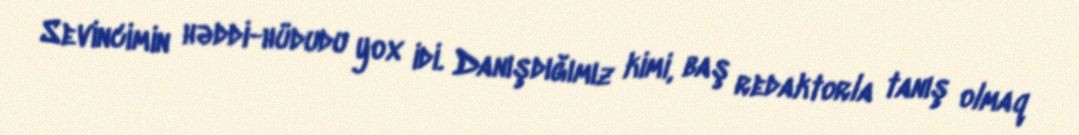
Sevincimin həddi-hüdudu yox idi. Danışdığımız kimi, baş redaktorla tanış olmaq